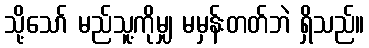
သို့သော် မည်သူ့ကိုမျှ မမှန်းတတ်ဘဲ ရှိသည်။